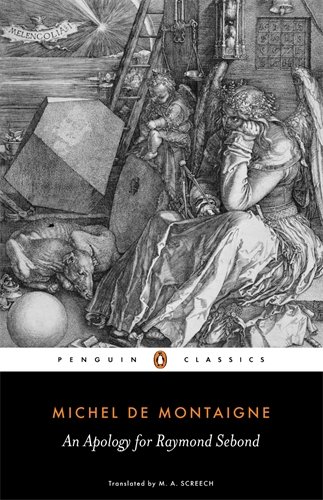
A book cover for An Apology for Raymond Sebond (Penguin Classics); Michel de Montaigne; Politics & Social Sciences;